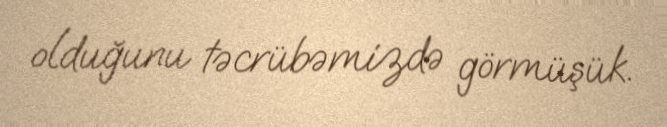
olduğunu təcrübəmizdə görmüşük.